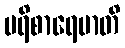
ပရိစာရေမာတိ